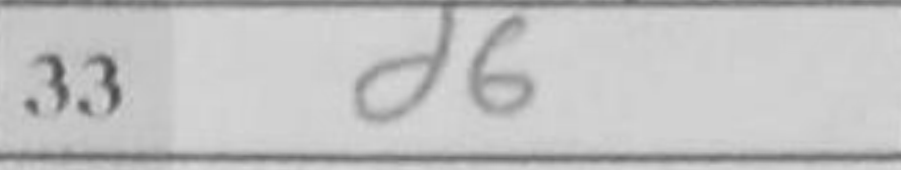
Transcription: d6